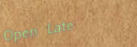
Open Late